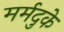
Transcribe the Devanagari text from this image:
मर्मदुके